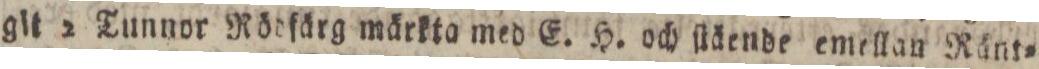
git 2 Tunnor Rödfärg märkta med E. H. och ſtäende emellan Ränt=